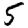
Digit: 5